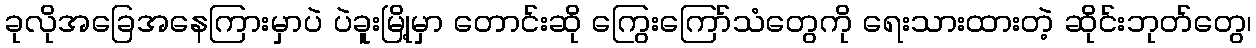
ခုလိုအခြေအနေကြားမှာပဲ ပဲခူးမြို့မှာ တောင်းဆို ကြွေးကြော်သံတွေကို ရေးသားထားတဲ့ ဆိုင်းဘုတ်တွေ၊